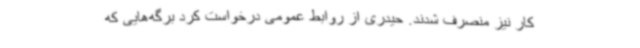
کار نیز منصرف شدند. حیدری از روابط عمومی درخواست کرد برگه‌هایی که